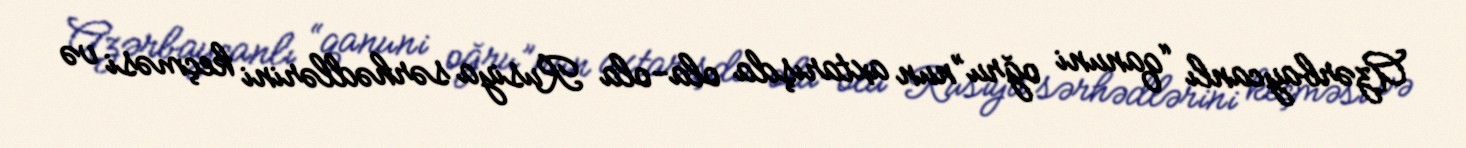
Azərbaycanlı “qanuni oğru”nun axtarışda ola-ola Rusiya sərhədlərini keçməsi və